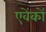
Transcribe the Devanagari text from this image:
एवेंकों